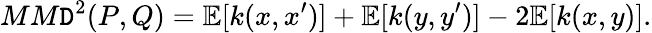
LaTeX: MM\mathtt{D}^{2}(P,Q)=\mathbb{{E}}[k(x,x^{\prime})]+\mathbb{{E}}[k(y,y^{\prime})]-2\mathbb{{E}}[k(x,y)].